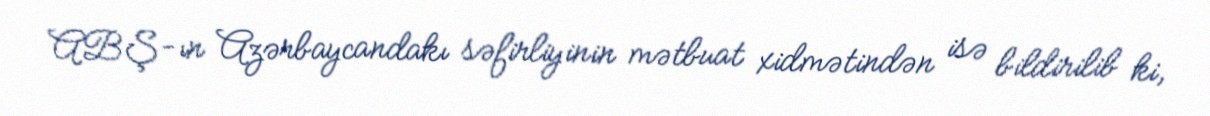
ABŞ-ın Azərbaycandakı səfirliyinin mətbuat xidmətindən isə bildirilib ki,